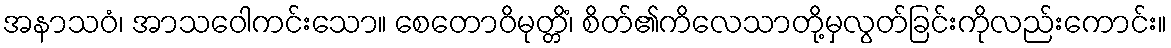
အနာသဝံ၊ အာသဝေါကင်းသော။ စေတောဝိမုတ္တိံ၊ စိတ်၏ကိလေသာတို့မှလွတ်ခြင်းကိုလည်းကောင်း။